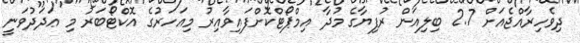
ދިވެހިރާއްޖެއަށް 2.7 ބިލިއަން ރުފިޔާގެ މުދާ އިމްޕޯޓްކޮށްފައިވާއިރު މިއަހަރުގެ އޮކްޓޯބަރު މި ޢަދަދުވަނީ